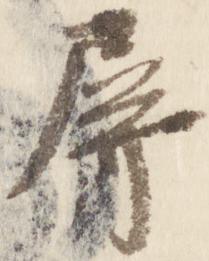
屏